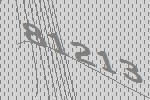
81213